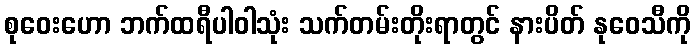
စုဝေးဟော ဘက်ထရီပါဝါသုံး သက်တမ်းတိုးရာတွင် နားပိတ် နုဝေသီကို